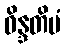
ဝိန္ဒတိမံ